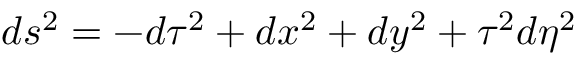
d s ^ { 2 } = - d \tau ^ { 2 } + d x ^ { 2 } + d y ^ { 2 } + \tau ^ { 2 } d \eta ^ { 2 }